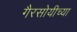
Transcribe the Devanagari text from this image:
गैरसोयीच्या